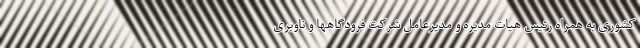
کشوری به همراه رئیس هیات مدیره و مدیرعامل شرکت فرودگاهها و ناوبری